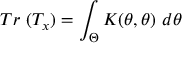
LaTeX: T r ~ ( T _ { x } ) = \int _ { \Theta } K ( \theta , \theta ) ~ d \theta